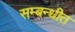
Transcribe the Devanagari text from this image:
सम्‍बन्‍धीत